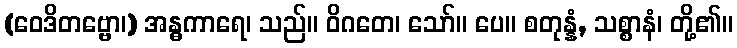
(ဝေဒိတဗ္ဗော၊) အန္ဓကာရေ၊ သည်။ ဝိဂတေ၊ သော်။ ပေ။ စတုန္နံ, သစ္စာနံ၊ တို့၏။